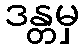
ဒန္တမှ